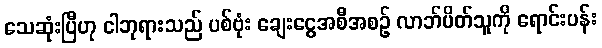
သေဆုံးပြီဟု ငါဘုရားသည် ပစ်ဗုံး ချေးငွေအစီအစဉ် လာဘ်ပိတ်သူကို ရောင်းပန်း